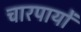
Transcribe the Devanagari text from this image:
चारपायों